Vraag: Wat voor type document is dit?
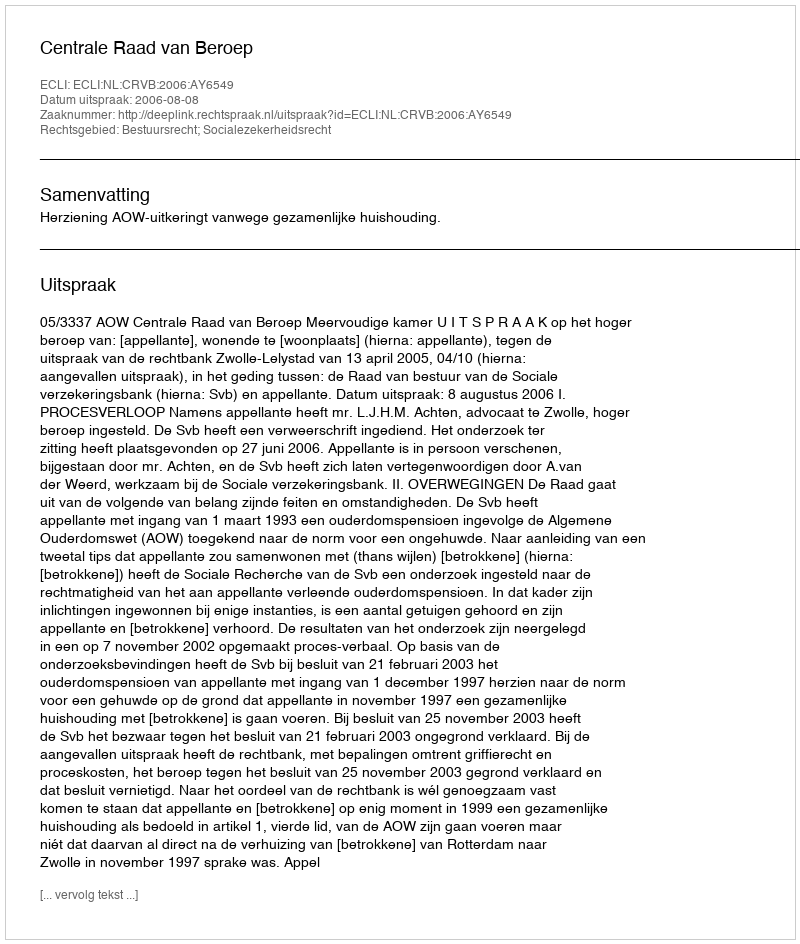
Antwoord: Uitspraak